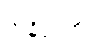
အနိပ္ဖလာ